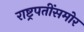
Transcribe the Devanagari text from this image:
राष्ट्रपतींसमोर